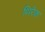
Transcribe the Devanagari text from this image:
थिरेक